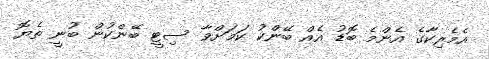
އެމެރިކާގެ އެންމެ ބޮޑު އެއް ބޭންކު ކަމަށްވާ ސިޓީ ބޭންކުން ބުނީ ތެޔޮ